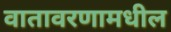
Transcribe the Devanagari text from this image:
वातावरणामधील